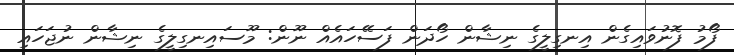
ފޯމު ފޮނުވައިގެން އިނގިލީގެ ނިޝާން ހޯދަން ފަސޭހައެއް ނޫން: މޫސައިނގިލީގެ ނިޝާން ނުޖަހައި